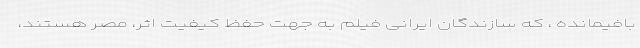
بافیمانده ، که سازندگان ایرانی فیلم به جهت حفظ کیفیت اثر، مصر هستند،